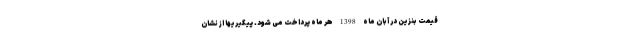
قیمت بنزین در آبان ماه 1398 هر ماه پرداخت می شود. پیگیریها از نشان